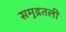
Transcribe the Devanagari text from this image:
समुद्रतली